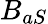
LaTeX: B_{aS}